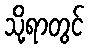
သို့ရာတွင်